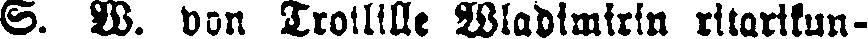
S. W. von Troilille Wladimirin ritarikun-